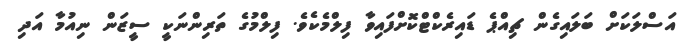
އަސްލަކަށް ބަލައިގެން ޗިއްޕެ ޑައިރެކްޓްކޮށްފައިވާ ފިލްމެކެވެ. ފިލްމުގެ ތަރިންނަކީ ސީޒަން ނިއުމާ އަދި